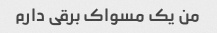
من یک مسواک برقی دارم